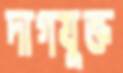
দাগযুক্ত